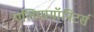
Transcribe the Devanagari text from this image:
एलियामॉनिटर्स